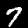
Digit: 7